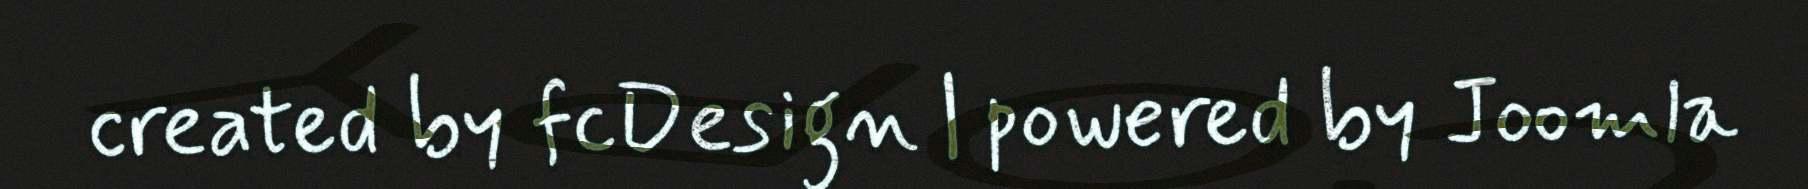
created by fcDesign | powered by Joomla